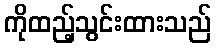
ကိုထည့်သွင်းထားသည်